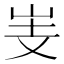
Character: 㞿